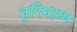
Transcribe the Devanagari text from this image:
हरिभाण